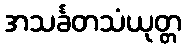
အသင်္ခတသံယုတ္တ